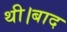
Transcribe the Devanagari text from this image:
थी।बाद